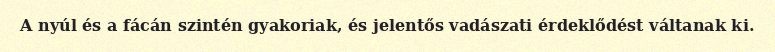
A nyúl és a fácán szintén gyakoriak, és jelentős vadászati érdeklődést váltanak ki.